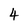
Character: 4